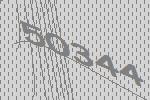
50344